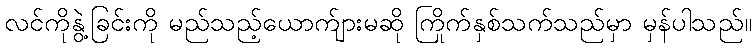
လင်ကိုနွဲ့ခြင်းကို မည်သည့်ယောက်ျားမဆို ကြိုက်နှစ်သက်သည်မှာ မှန်ပါသည်။